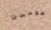
طومسن